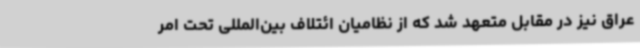
عراق نیز در مقابل متعهد شد که از نظامیان ائتلاف بین‌المللی تحت امر